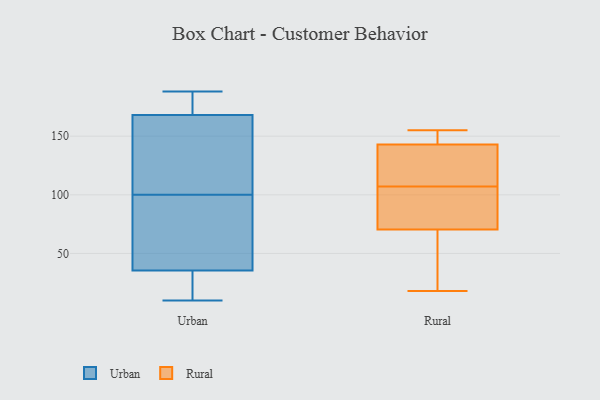
{"axis": {"x": "Conversion Rate (%)", "y": "Value"}, "legend": ["Rural", "Urban"], "data": [{"x": "", "y": 188, "type": "Urban"}, {"x": "", "y": 165, "type": "Urban"}, {"x": "", "y": 43, "type": "Urban"}, {"x": "", "y": 186, "type": "Urban"}, {"x": "", "y": 112, "type": "Urban"}, {"x": "", "y": 10, "type": "Urban"}, {"x": "", "y": 33, "type": "Urban"}, {"x": "", "y": 67, "type": "Urban"}, {"x": "", "y": 30, "type": "Urban"}, {"x": "", "y": 18, "type": "Urban"}, {"x": "", "y": 169, "type": "Urban"}, {"x": "", "y": 73, "type": "Urban"}, {"x": "", "y": 100, "type": "Urban"}, {"x": "", "y": 178, "type": "Urban"}, {"x": "", "y": 149, "type": "Urban"}, {"x": "", "y": 107, "type": "Rural"}, {"x": "", "y": 143, "type": "Rural"}, {"x": "", "y": 155, "type": "Rural"}, {"x": "", "y": 151, "type": "Rural"}, {"x": "", "y": 143, "type": "Rural"}, {"x": "", "y": 72, "type": "Rural"}, {"x": "", "y": 115, "type": "Rural"}, {"x": "", "y": 86, "type": "Rural"}, {"x": "", "y": 18, "type": "Rural"}, {"x": "", "y": 68, "type": "Rural"}, {"x": "", "y": 70, "type": "Rural"}]}